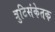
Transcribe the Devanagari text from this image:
त्रुटिसंकेतक